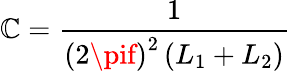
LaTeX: \mathbb{C}={\frac{{1}}{{\left(2\pif\right)^{2}\left(L_{1}+L_{2}\right)}}}